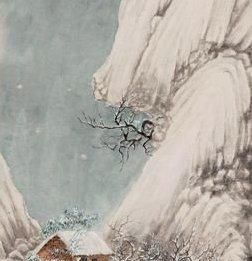
握手西风泪不干，年来多在别离间。